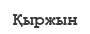
Қыржын